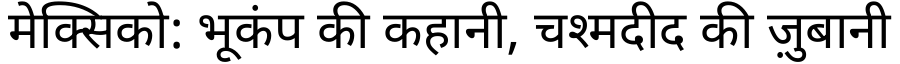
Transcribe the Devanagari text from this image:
मेक्सिको: भूकंप की कहानी, चश्मदीद की ज़ुबानी